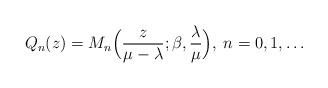
LaTeX: \begin{align*}Q_n(z) = M_n\Big (\frac{z}{\mu-\lambda};\beta,\frac{\lambda}{\mu}\Big ),\>n=0,1,\ldots\end{align*}